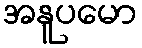
အနူပမော